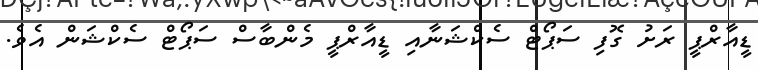
ޑީއާރްޕީ ރަށު ގޮފި ސަޕޯޓް ސެކްޝަނާއި ޑީއާރްޕީ މެންބާސް ސަޕޯޓް ސެކްޝަން އެވެ.